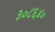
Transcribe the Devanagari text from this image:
३०८६४०